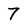
Character: 7